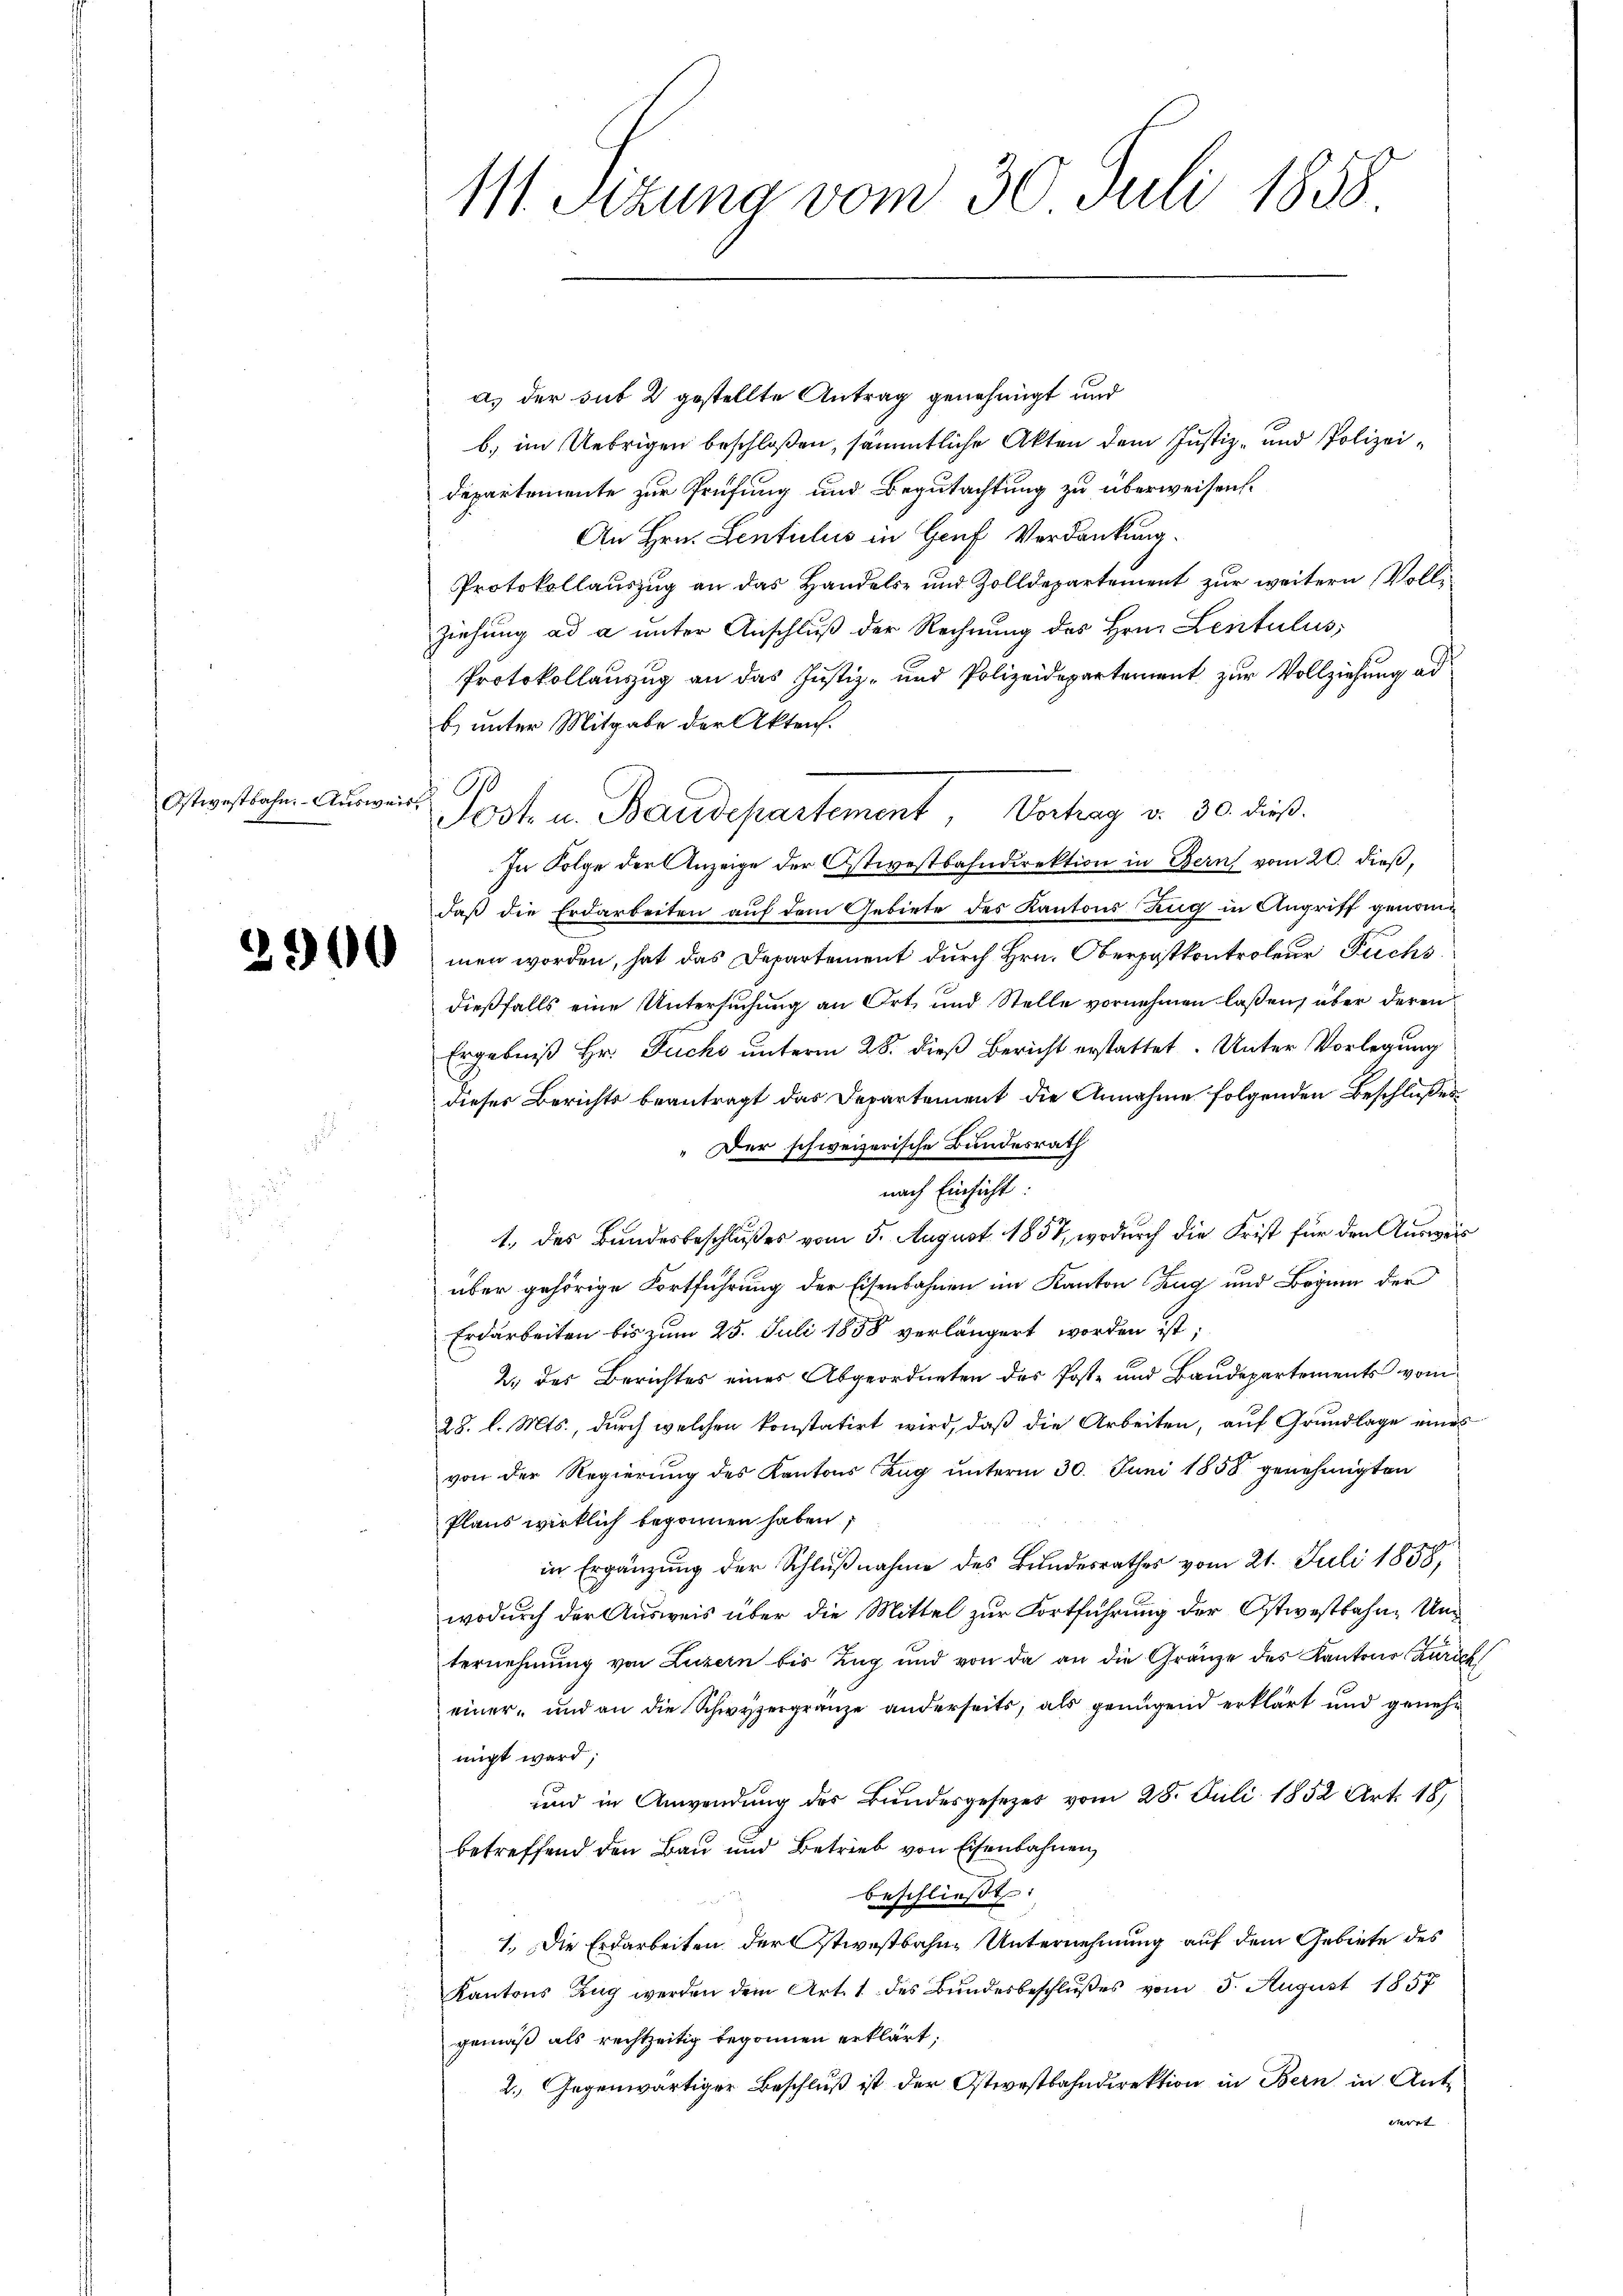
Ostwestbahn. Ausweis.

2900

111. Sizung vom 30. Juli 1858

a) der sub 2 gestellte Antrag genehmigt und
b. im Uebrigen beschloßen, sämmtliche Akten dem Justiz- und Polizei¬
Departemente zur Prüfung und Begutachtung zu überweisen.
An Hrn. Sentulis in Genf Verdankung.
Protokollauszug an das Handels- und Zolldepartement zur weitern Vollziehung ad a unter Anschluß der Rechnung des Hrn. Lentulus
Protokollauszug an das Justiz- und Polizeidepartement zur Vollziehung ad
b) unter Mitgabe der Akten.
Post u. Baudepartement, Vorhag v. 30. dieß.
In Folge der Anzeige der Ostwestbahndirektion in Bern vom 20. dieß,
daß die Erdarbeiten auf dem Gebiete des Kantons Zug in Angriff genommen worden, hat das Departement durch Hrn. Oberpostkontroleur Fuchs
dießfalls eine Untersuchung an Ort, und Stelle vornehmen laßen, über deren
Ergebniß Hr. Jucke unterm 28. dieß Bericht erstattet. Unter Vorlegung
dieses Berichts beantragt das Departement die Annahme folgenden Beschlußes
Der schweizerische Bundesrath
nach Einsicht
1. des Bundesbeschlußes vom 5. August 1857, wodurch die Frist für den Ausweis
über gehörige Fortführung der Eisenbahnen im Kanton Zug und Beginn der
Erdarbeiten bis zum 25. Juli 1858 verlängert worden ist;
2. des Berichtes eines Abgeordneten des Poste und Baudepartements vom
28. l. Mts., durch welchen konstatirt wird, daß die Arbeiten, auf Grundlage eines
von der Regierung des Kantons Zug unterm 30. Juni 1858 genehmigten
Plans wirklich begonnen haben,
in Ergänzung der Schlußnahme des Bundesrathes vom 21. Juli 1858,
wodurch der Ausweis über die Mittel zur Fortführung der Ostwestbahne Un
ternehmung von Luzern bis Zug und von da an die Gränze des Kantons Zürich
einer und an die Schwyzergränze anderseits, als genügend erklärt und genehnigt ward,
und in Anwendung des Bundesgesezes vom 28. Juli 1852 Art. 18
betreffend den Bau und Betrieb von Eisenbahnen
beschließt:
1. Die Erdarbeiten der stiestbahne Unternehmung auf dem Gebiete des
Kantons Zug werden dem Art. 1 des Bundesbeschlußes vom 5. August 1857
gemäß als rechtzeitig begonnen erklärt,
2. Gegenwärtiger Beschluß ist der Ostwestbahndirektion in Bern in Ant
wert